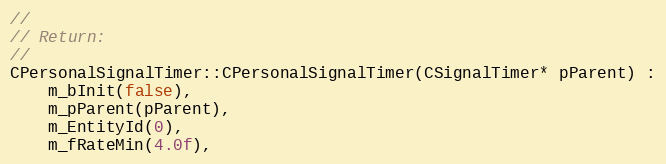
Language: C++
//
// Return:
//
CPersonalSignalTimer::CPersonalSignalTimer(CSignalTimer* pParent) :
	m_bInit(false),
	m_pParent(pParent),
	m_EntityId(0),
	m_fRateMin(4.0f),